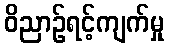
ဝိညာဉ်ရင့်ကျက်မှု